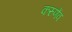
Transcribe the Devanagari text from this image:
करुणेंव